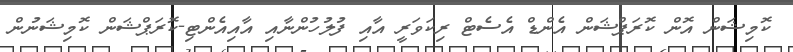
ކޮމިޝަން އޮން ކޮރަޕްޝަން އެންޑް އެސެޓް ރިކަވަރީ އާއި ފުލުހުންނާއި އާއިއެންޓި-ކޮރަޕްޝަން ކޮމިޝަނުން